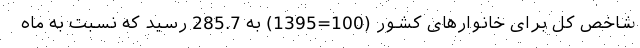
شاخص کل برای خانوار‌های کشور (100=1395) به 285.7 رسید که نسبت به ماه